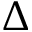
\Delta